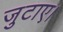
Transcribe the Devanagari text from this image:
जुटाए।